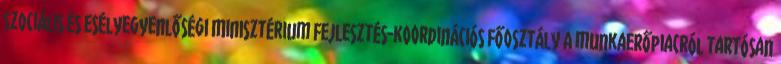
Szociális és Esélyegyenlőségi Minisztérium Fejlesztés-koordinációs Főosztály A munkaerőpiacról tartósan